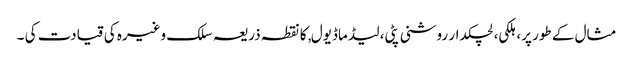
مثال کے طور پر، ہلکی، لچکدار روشنی پٹی، لیڈ ماڈیول, کا نقطہ ذریعہ سلک وغیرہ کی قیادت کی ۔